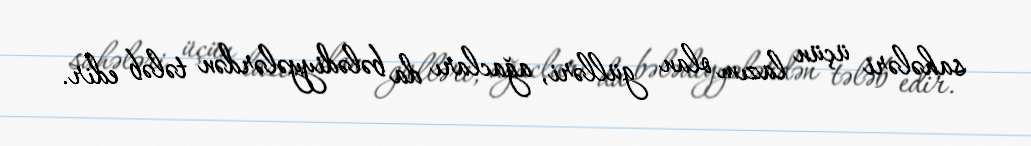
sahələri üçün lazım olan gülləri, ağacları da bələdiyyələrdən tələb edir.